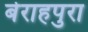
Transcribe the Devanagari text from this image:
बेराहपुरा